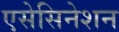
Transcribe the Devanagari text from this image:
एसेसिनेशन